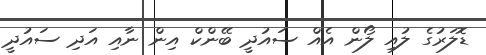
ޑޮލަރުގެ ލުއި ލޯން އެއް ސައުދީ ބޭންކް އިން ނާއި އަދި ސައުދީ